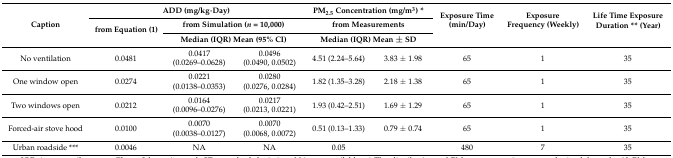
<table><thead><tr><td rowspan="3"><b>Caption</b></td><td colspan="3"><b>ADD (mg/kg·Day)</b></td><td colspan="2"><b>PM<sub>2.5</sub> Concentration (mg/m<sup>3</sup>) *</b></td><td rowspan="3"><b>Exposure Time (min/Day)</b></td><td rowspan="3"><b>Exposure Frequency (Weekly)</b></td><td rowspan="3"><b>Life Time Exposure Duration ** (Year)</b></td></tr><tr><td rowspan="2"><b>from Equation (1)</b></td><td colspan="2"><b>from Simulation (<i>n</i> = 10,000)</b></td><td colspan="2"><b>from Measurements</b></td></tr><tr><td colspan="2"><b>Median (IQR) Mean (95% CI)</b></td><td colspan="2"><b>Median (IQR) Mean ± SD</b></td></tr></thead><tbody><tr><td>No ventilation</td><td>0.0481</td><td>0.0417 (0.0269–0.0628)</td><td>0.0496 (0.0490, 0.0502)</td><td>4.51 (2.24–5.64)</td><td>3.83 ± 1.98</td><td>65 </td><td>1</td><td>35</td></tr><tr><td>One window open</td><td>0.0274</td><td>0.0221 (0.0138–0.0353)</td><td>0.0280 (0.0276, 0.0284)</td><td>1.82 (1.35–3.28)</td><td>2.18 ± 1.38</td><td>65 </td><td>1</td><td>35</td></tr><tr><td>Two windows open</td><td>0.0212</td><td>0.0164 (0.0096–0.0276)</td><td>0.0217 (0.0213, 0.0221)</td><td>1.93 (0.42–2.51)</td><td>1.69 ± 1.29</td><td>65</td><td>1</td><td>35</td></tr><tr><td>Forced-air stove hood</td><td>0.0100</td><td>0.0070 (0.0038–0.0127)</td><td>0.0070 (0.0068, 0.0072)</td><td>0.51 (0.13–1.33)</td><td>0.79 ± 0.74</td><td>65</td><td>1</td><td>35</td></tr><tr><td>Urban roadside ***</td><td>0.0046</td><td>NA</td><td>NA</td><td>0.05</td><td></td><td>480</td><td>7</td><td>35</td></tr></tbody></table>